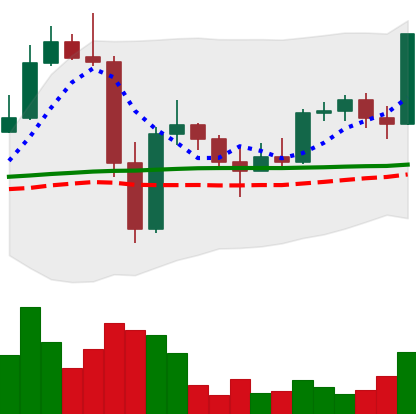
Ticker: LTC-USD
Chart end date: 2022-11-22
Forward return: 6.532%
Label: up_5_7